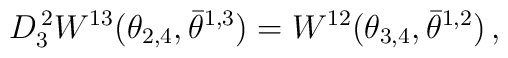
D^{\,2}_{3} W^{13}(\theta_{2,4}, \bar\theta^{1,3}) =  W^{12}(\theta_{3,4}, \bar\theta^{1,2})\,,